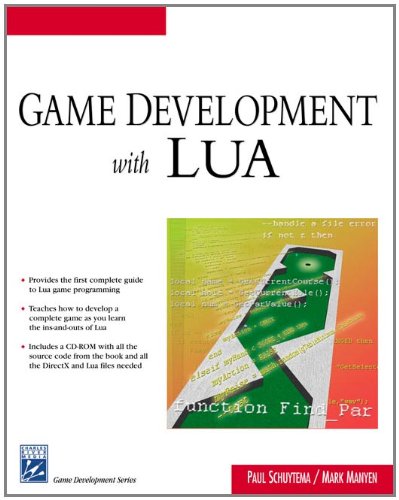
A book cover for Game Development With LUA (Charles River Media Game Development); Paul Schuytema; Computers & Technology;